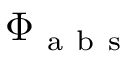
\Phi _ { \mathrm { ~ a ~ b ~ s ~ } }